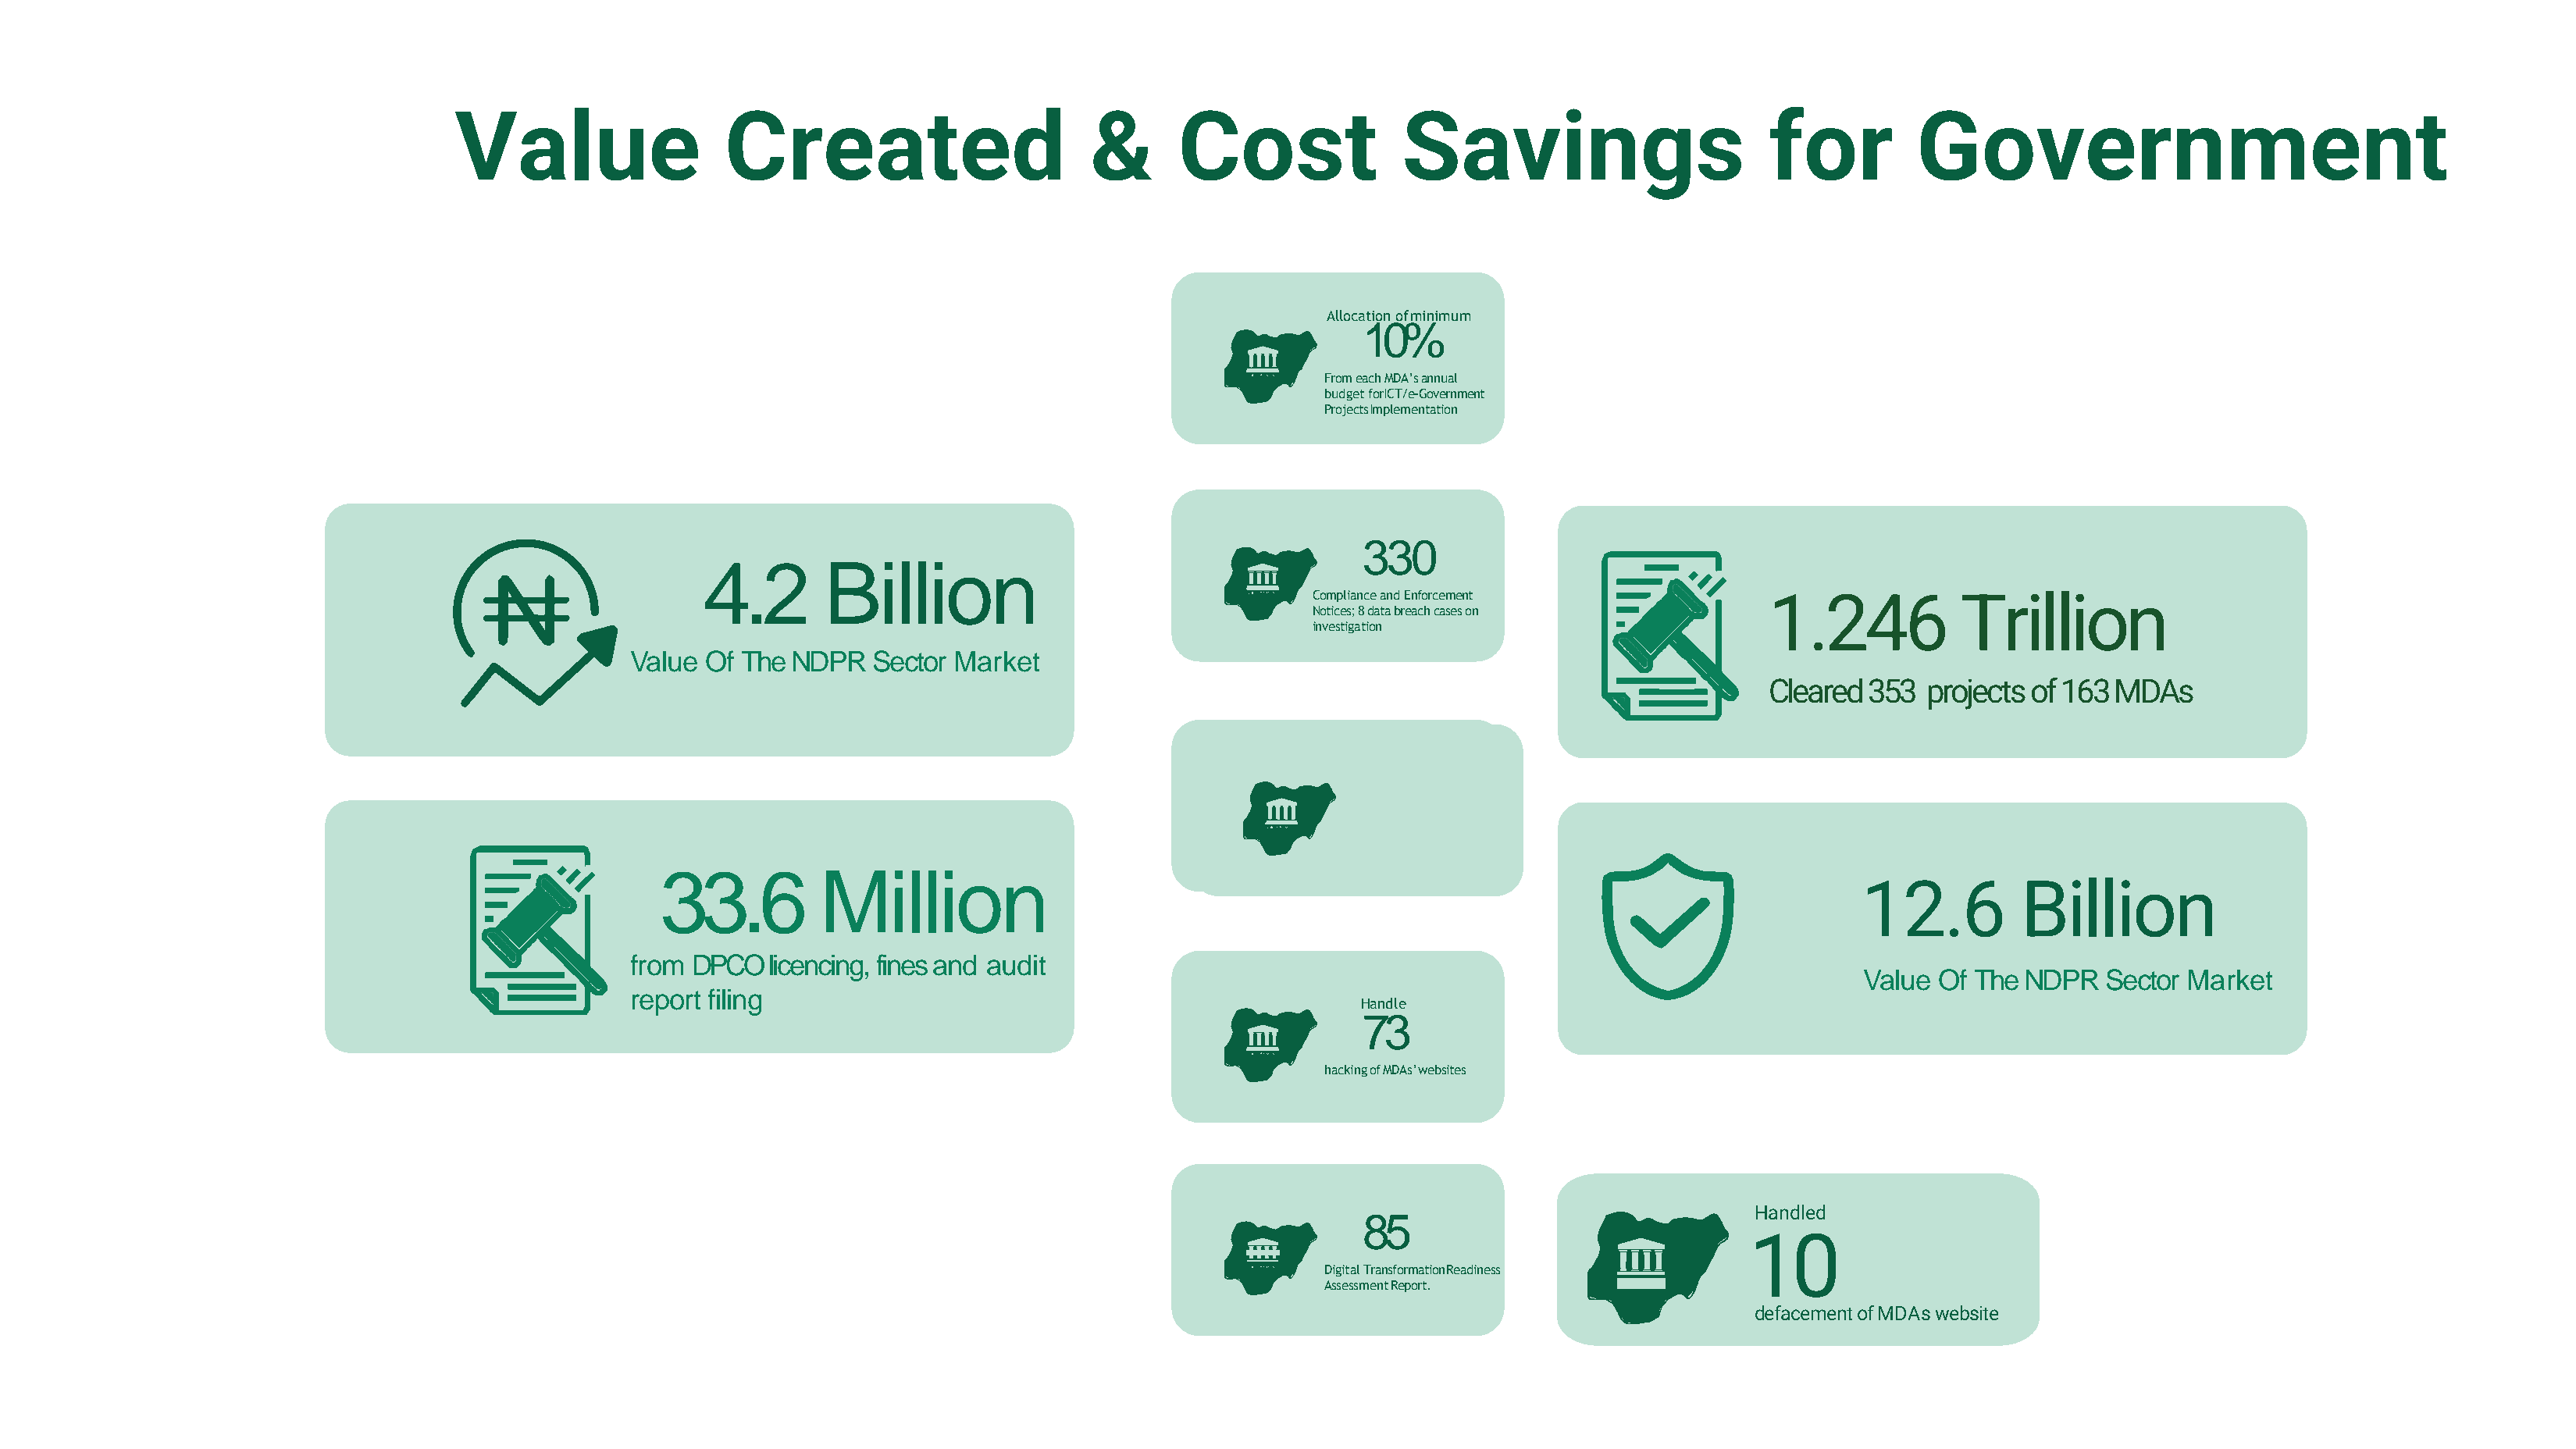
Value                 Created                        &       Cost               Savings                        for         Government
 Allocation ofminimum
 10%
 From each MDA’s annual
 budget forICT/e-Government
 ProjectsImplementation
 330
 4.2       Billion
 Compliance and Enforcement             1.246           Trillion
 Notices;8databreachcaseson
 investigation
 Value  Of The NDPR   Sector Market
 Cleared 353  projects of 163 MDAs
 125
 Commencedenforcementaction
 against125MDAsforviolating
 guidelinesforNigeriancontent
 33.6          Million                                   developmentinICT
 12.6         Billion
 from  DPCO  licencing, fines and audit
 Value Of The  NDPR  Sector Market
 report filing
 Handle
 73
 hackingofMDAs’websites
 Handled
 85
 10
 Digital TransformationReadiness
 AssessmentReport.
 defacementofMDAswebsite